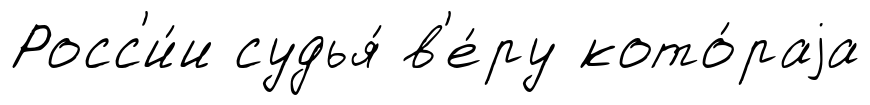
Росс'и́и судья́ в'е́ру кото́раjа